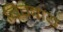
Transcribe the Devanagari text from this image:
बिग्बाय